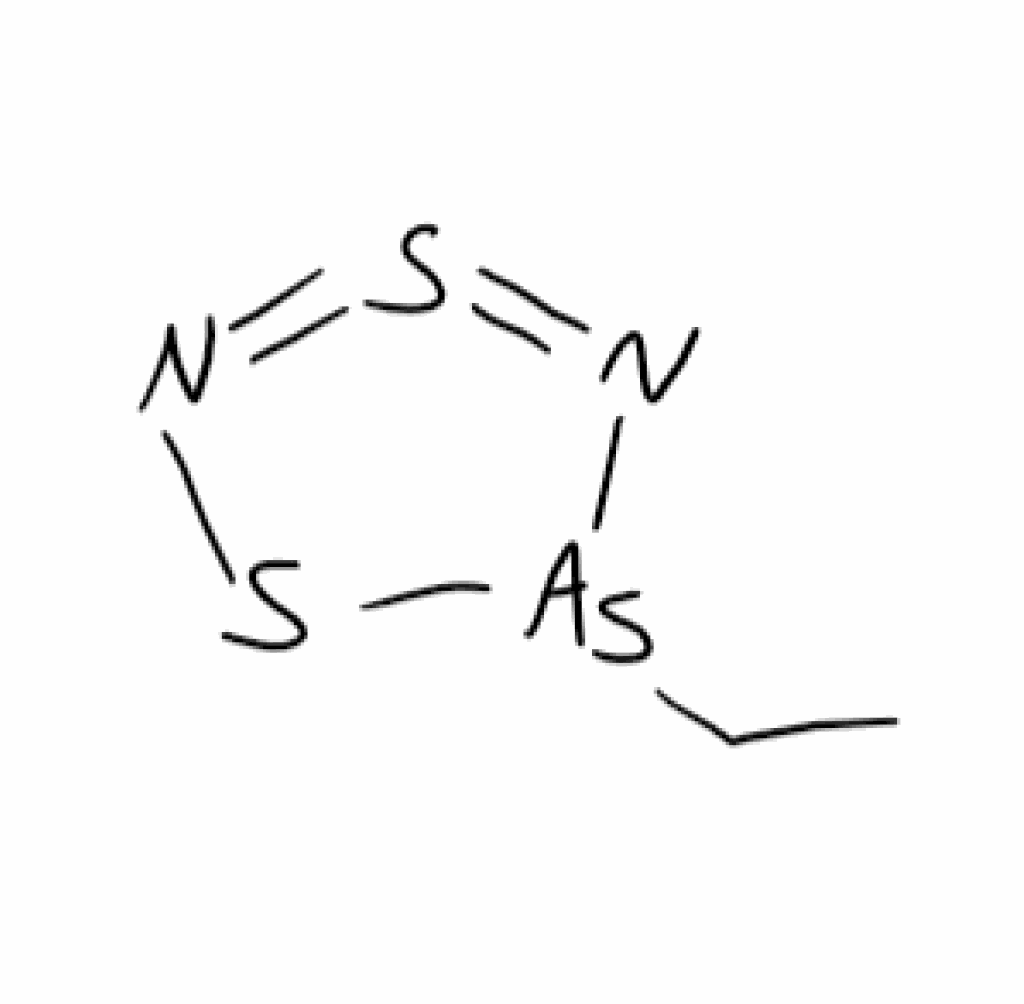
Simplified molecular-input line-entry system (SMILES) notation of the given molecule:
CC[As]1N=S=NS1